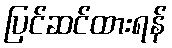
ပြင်ဆင်ထားရန်